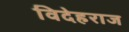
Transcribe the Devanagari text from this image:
विदेहराज